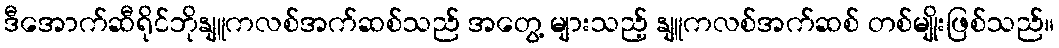
ဒီအောက်ဆီရိုင်ဘိုနျူကလစ်အက်ဆစ်သည် အတွေ့ များသည့် နျူကလစ်အက်ဆစ် တစ်မျိုးဖြစ်သည်။